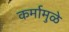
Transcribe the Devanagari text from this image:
कर्मामुळे